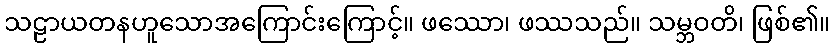
သဠာယတနဟူသောအကြောင်းကြောင့်။ ဖဿော၊ ဖဿသည်။ သမ္ဘဝတိ၊ ဖြစ်၏။